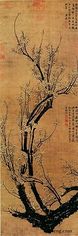
犹余雪霜态，未肯十分红。